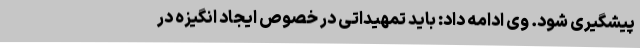
پیشگیری شود. وی ادامه داد: باید تمهیداتی در خصوص ایجاد انگیزه در